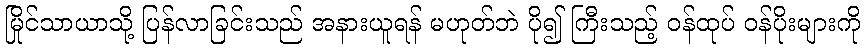
မြိုင်သာယာသို့ ပြန်လာခြင်းသည် အနားယူရန် မဟုတ်ဘဲ ပို၍ ကြီးသည့် ဝန်ထုပ် ဝန်ပိုးများကို